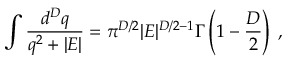
\int \frac { d ^ { { D } } q } { q ^ { 2 } + | E | } = \pi ^ { { D } / 2 } | E | ^ { { D } / 2 - 1 } \Gamma \left( 1 - \frac { D } { 2 } \right) \; ,